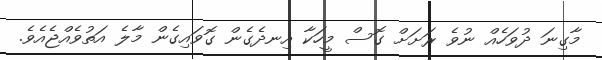
މާގިނަ ދުވަހެއް ނުވެ ރަށަށް ގޮސް މީހަކާ އިނދެގެން ގޮވައިގެން މާލެ އަތުވެއްޖެއެވެ.